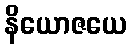
နိယောဇယေ